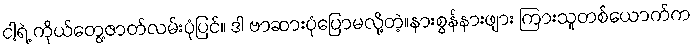
ငါ့ရဲ့ ကိုယ်တွေ့ဇာတ်လမ်းပုံပြင်။ ဒါ ဗာဆားပုံပြောမလို့တဲ့။နားစွန်နားဖျား ကြားသူတစ်ယောက်က